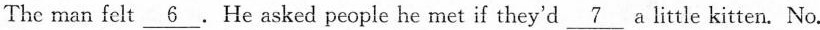
The man felt \underline 6. He asked people he met if they'd \underline 7 a little kitten.No.